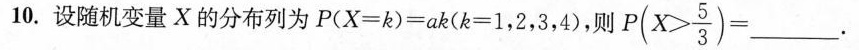
10.设随机变量X的分布列为$$P ( X = k ) = a k ( k = 1 ， 2 ， 3 ， 4 )$$，则 $$P ( X > \frac { 5 } { 3 } ) = __$$。